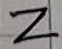
Text: Z